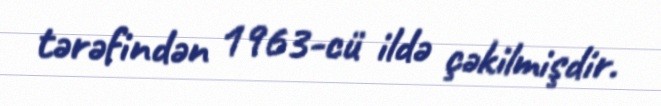
tərəfindən 1963-cü ildə çəkilmişdir.